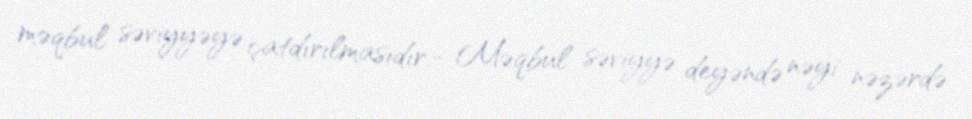
məqbul səviyyəyə çatdırılmasıdır.- Məqbul səviyyə deyəndə nəyi nəzərdə